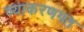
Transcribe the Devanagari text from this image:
व्याकरणगत